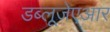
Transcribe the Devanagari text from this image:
डब्लूजेएआर